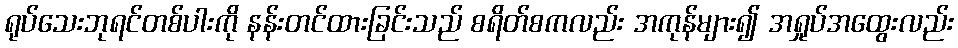
ရုပ်သေးဘုရင်တစ်ပါးကို နန်းတင်ထားခြင်းသည် စရိတ်စကလည်း အကုန်များ၍ အရှုပ်အထွေးလည်း